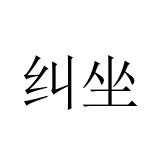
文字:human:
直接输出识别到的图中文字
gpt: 纠坐